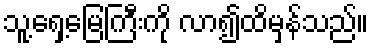
သူ့ရှေ့မြေကြီးကို လာ၍ထိမှန်သည်။